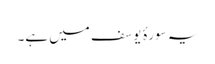
یہ سورۂ یوسف میں ہے۔